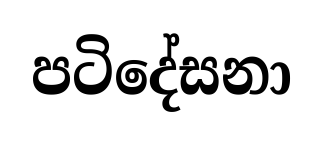
පටිදේසනා